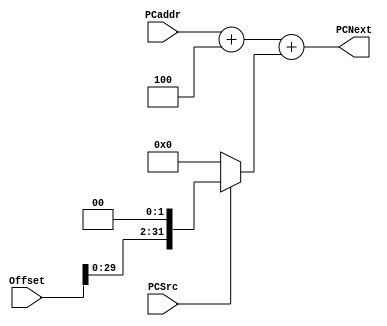
module PCAdd(PCaddr, PCSrc, Offset, PCNext);
    input [31: 0] PCaddr;
    input PCSrc;
    input [31: 0] Offset; 
    output [31: 0] PCNext;

    assign PCNext = PCaddr + 4 + ((PCSrc == 0) ? 0 : Offset << 2);

endmodule